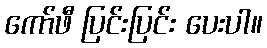
ကော်ဖီ ပြင်းပြင်း ပေးပါ။